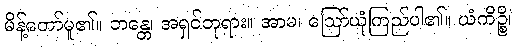
မိန့်တော်မူ၏။ ဘန္တေ၊ အရှင်ဘုရား။ အာမ၊ ဩော်ယုံကြည်ပါ၏။ ယံကိဉ္စိ၊